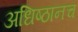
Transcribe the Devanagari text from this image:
अधिष्ठानच